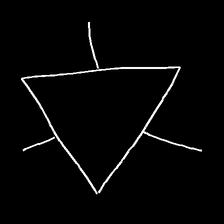
Glyph: fire